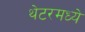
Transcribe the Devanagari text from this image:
थेटरमध्ये